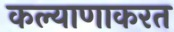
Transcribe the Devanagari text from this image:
कल्याणाकरत